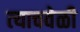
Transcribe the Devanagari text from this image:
त्‍याचवेळी